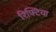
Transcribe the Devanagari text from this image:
रिफ्टिया